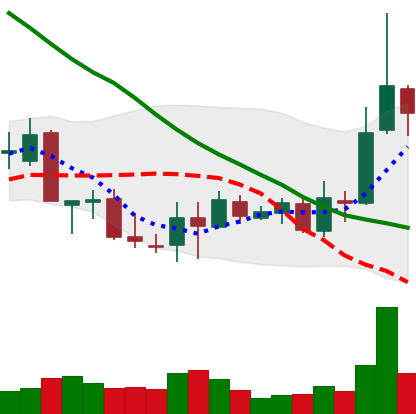
Ticker: XLM-USD
Chart end date: 2018-09-22
Forward return: 8.357%
Label: up_7plus